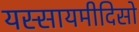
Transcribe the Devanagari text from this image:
यस्सायमीदिसो